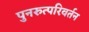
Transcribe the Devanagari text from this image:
पुनरुत्परिवर्तन